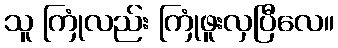
သူ ကြုံလည်း ကြုံဖူးလှပြီလေ။